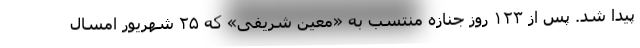
پیدا شد. پس از ۱۲۳ روز جنازه منتسب به «معین شریفی» که ۲۵ شهریور امسال